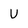
Character: U